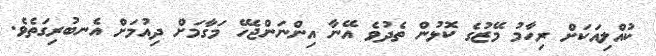
ކުއްލިއަކަށް ރިހާމު މޭޒުގެ ކޮޅުން ތެދުވެ އޭނާ އިންނަންޖެހޭ މަގާމަށް ދިއުމަށް އެނބުރިގަތެވެ.